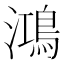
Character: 鴻